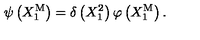
\psi \left( X _ { 1 } ^ { \mathrm { M } } \right) = \delta \left( X _ { 1 } ^ { 2 } \right) \varphi \left( X _ { 1 } ^ { \mathrm { M } } \right) .